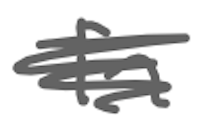
Text: in
Cross-out: scratch
Writing tool: digital_gray